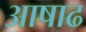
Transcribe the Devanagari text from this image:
अाषाढ